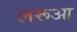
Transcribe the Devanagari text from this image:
लरूआ